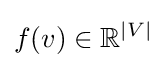
f(v)\in \mathbb {R} ^{|V|}